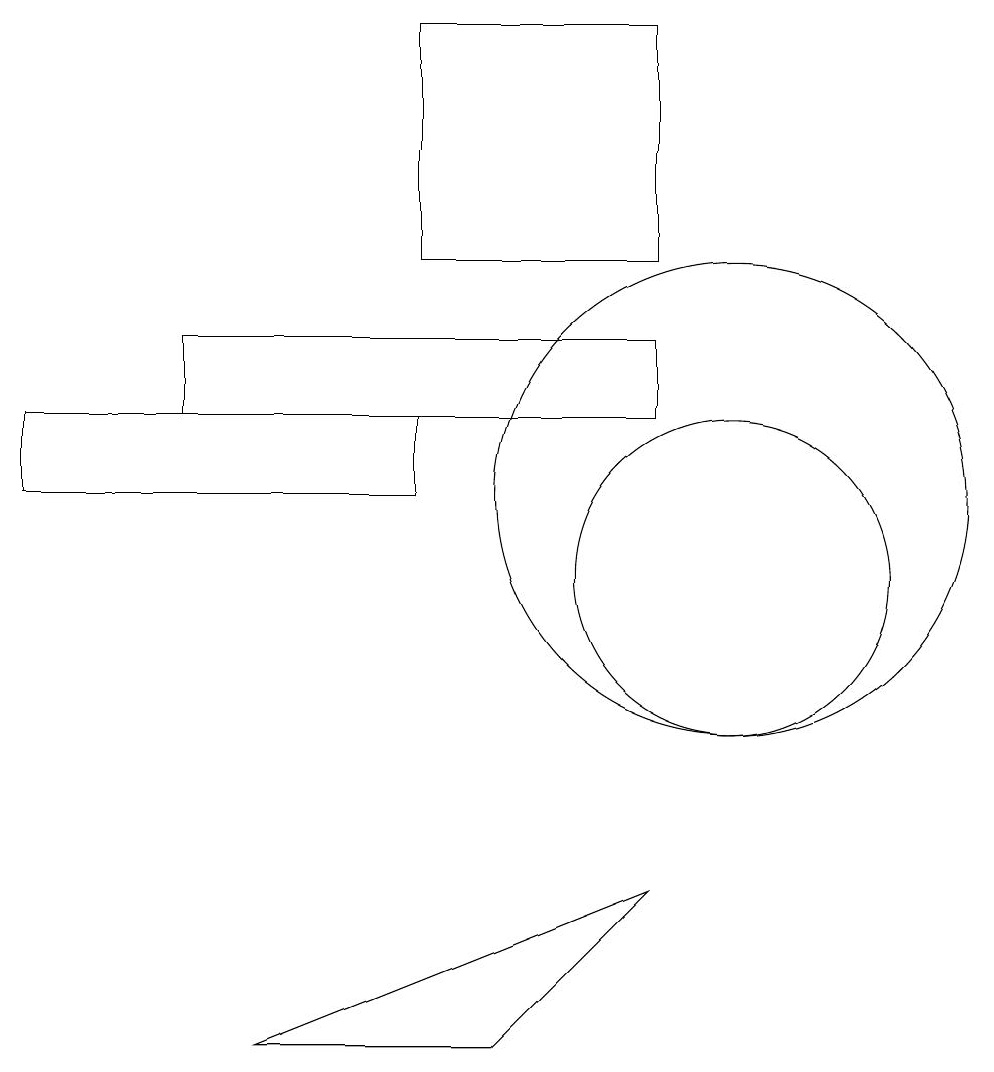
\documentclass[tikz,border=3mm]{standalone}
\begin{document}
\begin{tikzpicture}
\draw (9,17) rectangle (6,14);
\draw (6,11) rectangle (1,12);
\draw (7,4) -- (9,6) -- (4,4) -- cycle;
\draw (10,10) circle (2);
\draw (9,13) rectangle (3,12);
\draw (10,11) circle (3);
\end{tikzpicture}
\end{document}